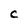
Character: C